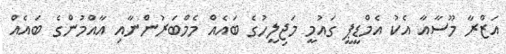
އަޒްރާ މޫސާއާ އެކު އެމްޑީޕީ ގައުމީ މަޖިލީހުގެ ބައެއް މެމްބަރުންނާއި އާއްމުންގެ ބައެއް